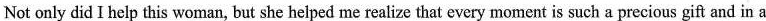
Not only did I help this woman, but she helped me realize that every moment is such a precious gift and in a